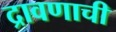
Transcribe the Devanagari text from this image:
द्रावणाची